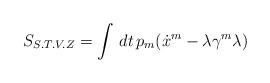
LaTeX: \begin{align*}S_{S.T.V.Z}=\int\,dt\,p_{m}(\dot{x}^{m}-\lambda\gamma^{m}\lambda)\end{align*}